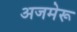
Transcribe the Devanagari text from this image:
अजमेरू